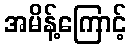
အမိန့်ကြောင့်